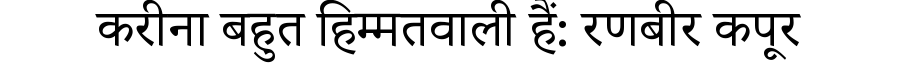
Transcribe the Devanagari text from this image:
करीना बहुत हिम्मतवाली हैं: रणबीर कपूर